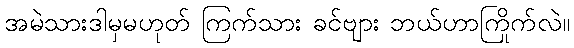
အမဲသားဒါမှမဟုတ် ကြက်သား ခင်ဗျား ဘယ်ဟာကြိုက်လဲ။